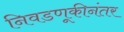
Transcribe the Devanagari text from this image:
निवडणूकीनंतर